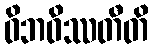
ဝိဘဝိဿတီတိ